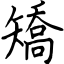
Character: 矯